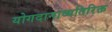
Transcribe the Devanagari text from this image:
योगदानाव्यतिरिक्त